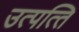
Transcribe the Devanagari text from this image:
उत्पत्‍ति